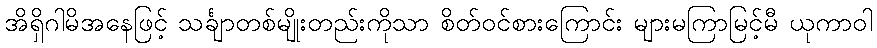
အိရှိဂါမိအနေဖြင့် သင်္ချာတစ်မျိုးတည်းကိုသာ စိတ်ဝင်စားကြောင်း များမကြာမြင့်မီ ယုကာဝါ